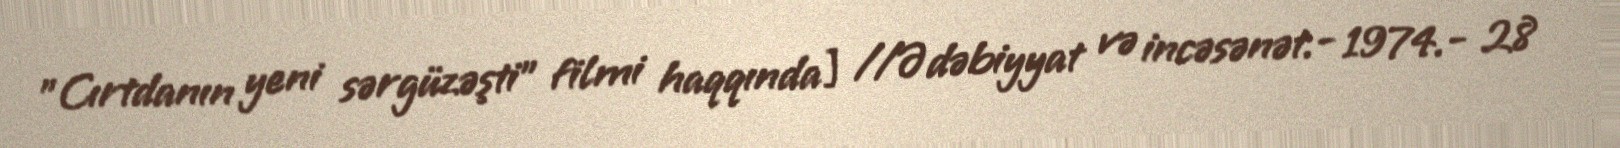
"Cırtdanın yeni sərgüzəşti" filmi haqqında] //Ədəbiyyat və incəsənət.- 1974.- 28